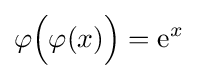
\varphi {\Big (}\varphi (x){\Big )}={\rm {e}}^{x}